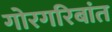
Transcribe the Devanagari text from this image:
गोरगरिबांत